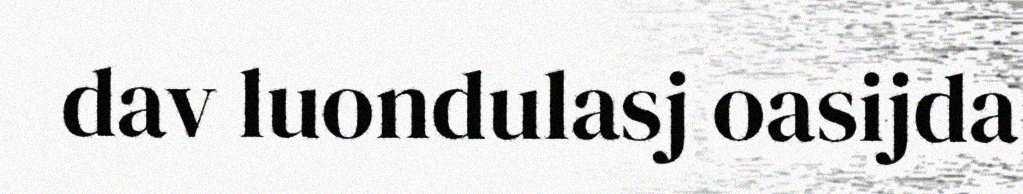
dav luondulasj oasijda